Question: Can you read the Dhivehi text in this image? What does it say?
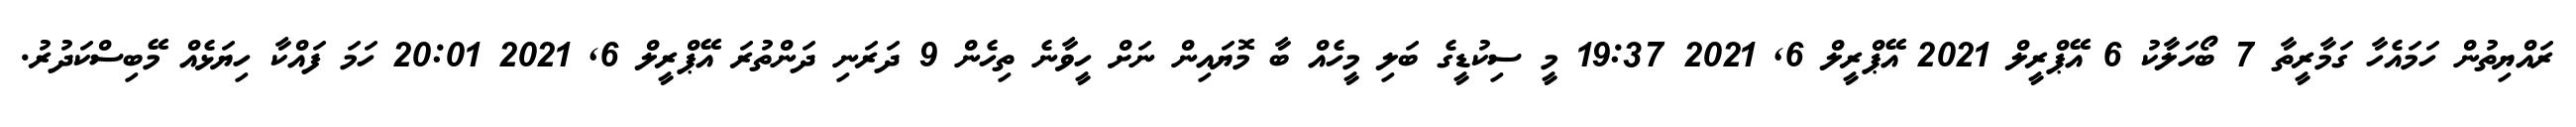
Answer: ރައްޔިތުން ހަމައެހާ ގަމާރީތާ 7 ބޯހަލާކު 6 އޭޕްރީލް 2021 އޭޕްރީލް 6, 2021 19:37 މީ ސިކުޑީގެ ބަލި މީހެއް ބާ މޮޔައިން ނަށް ހީވާނެ ތިހެން 9 ދަރަނި ދަންތުރަ އޭޕްރީލް 6, 2021 20:01 ހަމަ ފައްކާ ހިޔަޅެއް މޭބިސްކަދުރު.